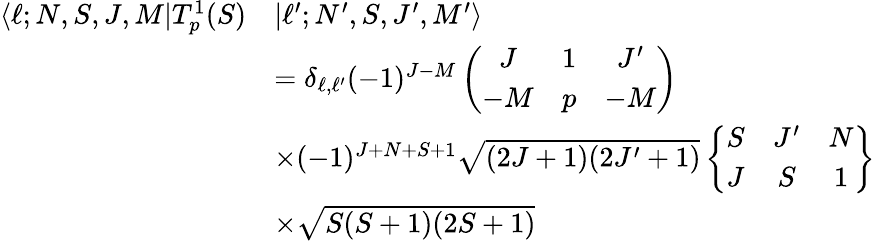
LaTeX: \begin{array}{rl}{\langle\ell;N,S,J,M|T_{p}^{1}(S)}&{|\ell^{\prime};N^{\prime},S,J^{\prime},M^{\prime}\rangle}\\ &{=\delta_{\ell,\ell^{\prime}}(-1)^{J-M}\left(\begin{array}{ccc}{J}&{1}&{J^{\prime}}\\ {-M}&{p}&{-M}\end{array}\right)}\\ &{\times(-1)^{J+N+S+1}\sqrt{(2J+1)(2J^{\prime}+1)}\left\{ \begin{array}{ccc}{S}&{J^{\prime}}&{N}\\ {J}&{S}&{1}\end{array}\right\} }\\ &{\times\sqrt{S(S+1)(2S+1)}}\end{array}